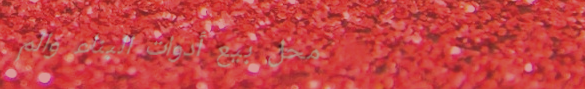
محل بيع أدوات البناء والم